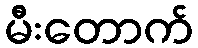
မီးတောက်